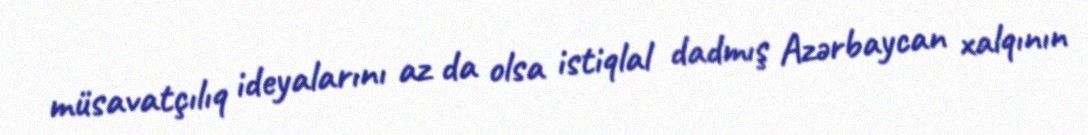
müsavatçılıq ideyalarını az da olsa istiqlal dadmış Azərbaycan xalqının